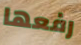
رفعها